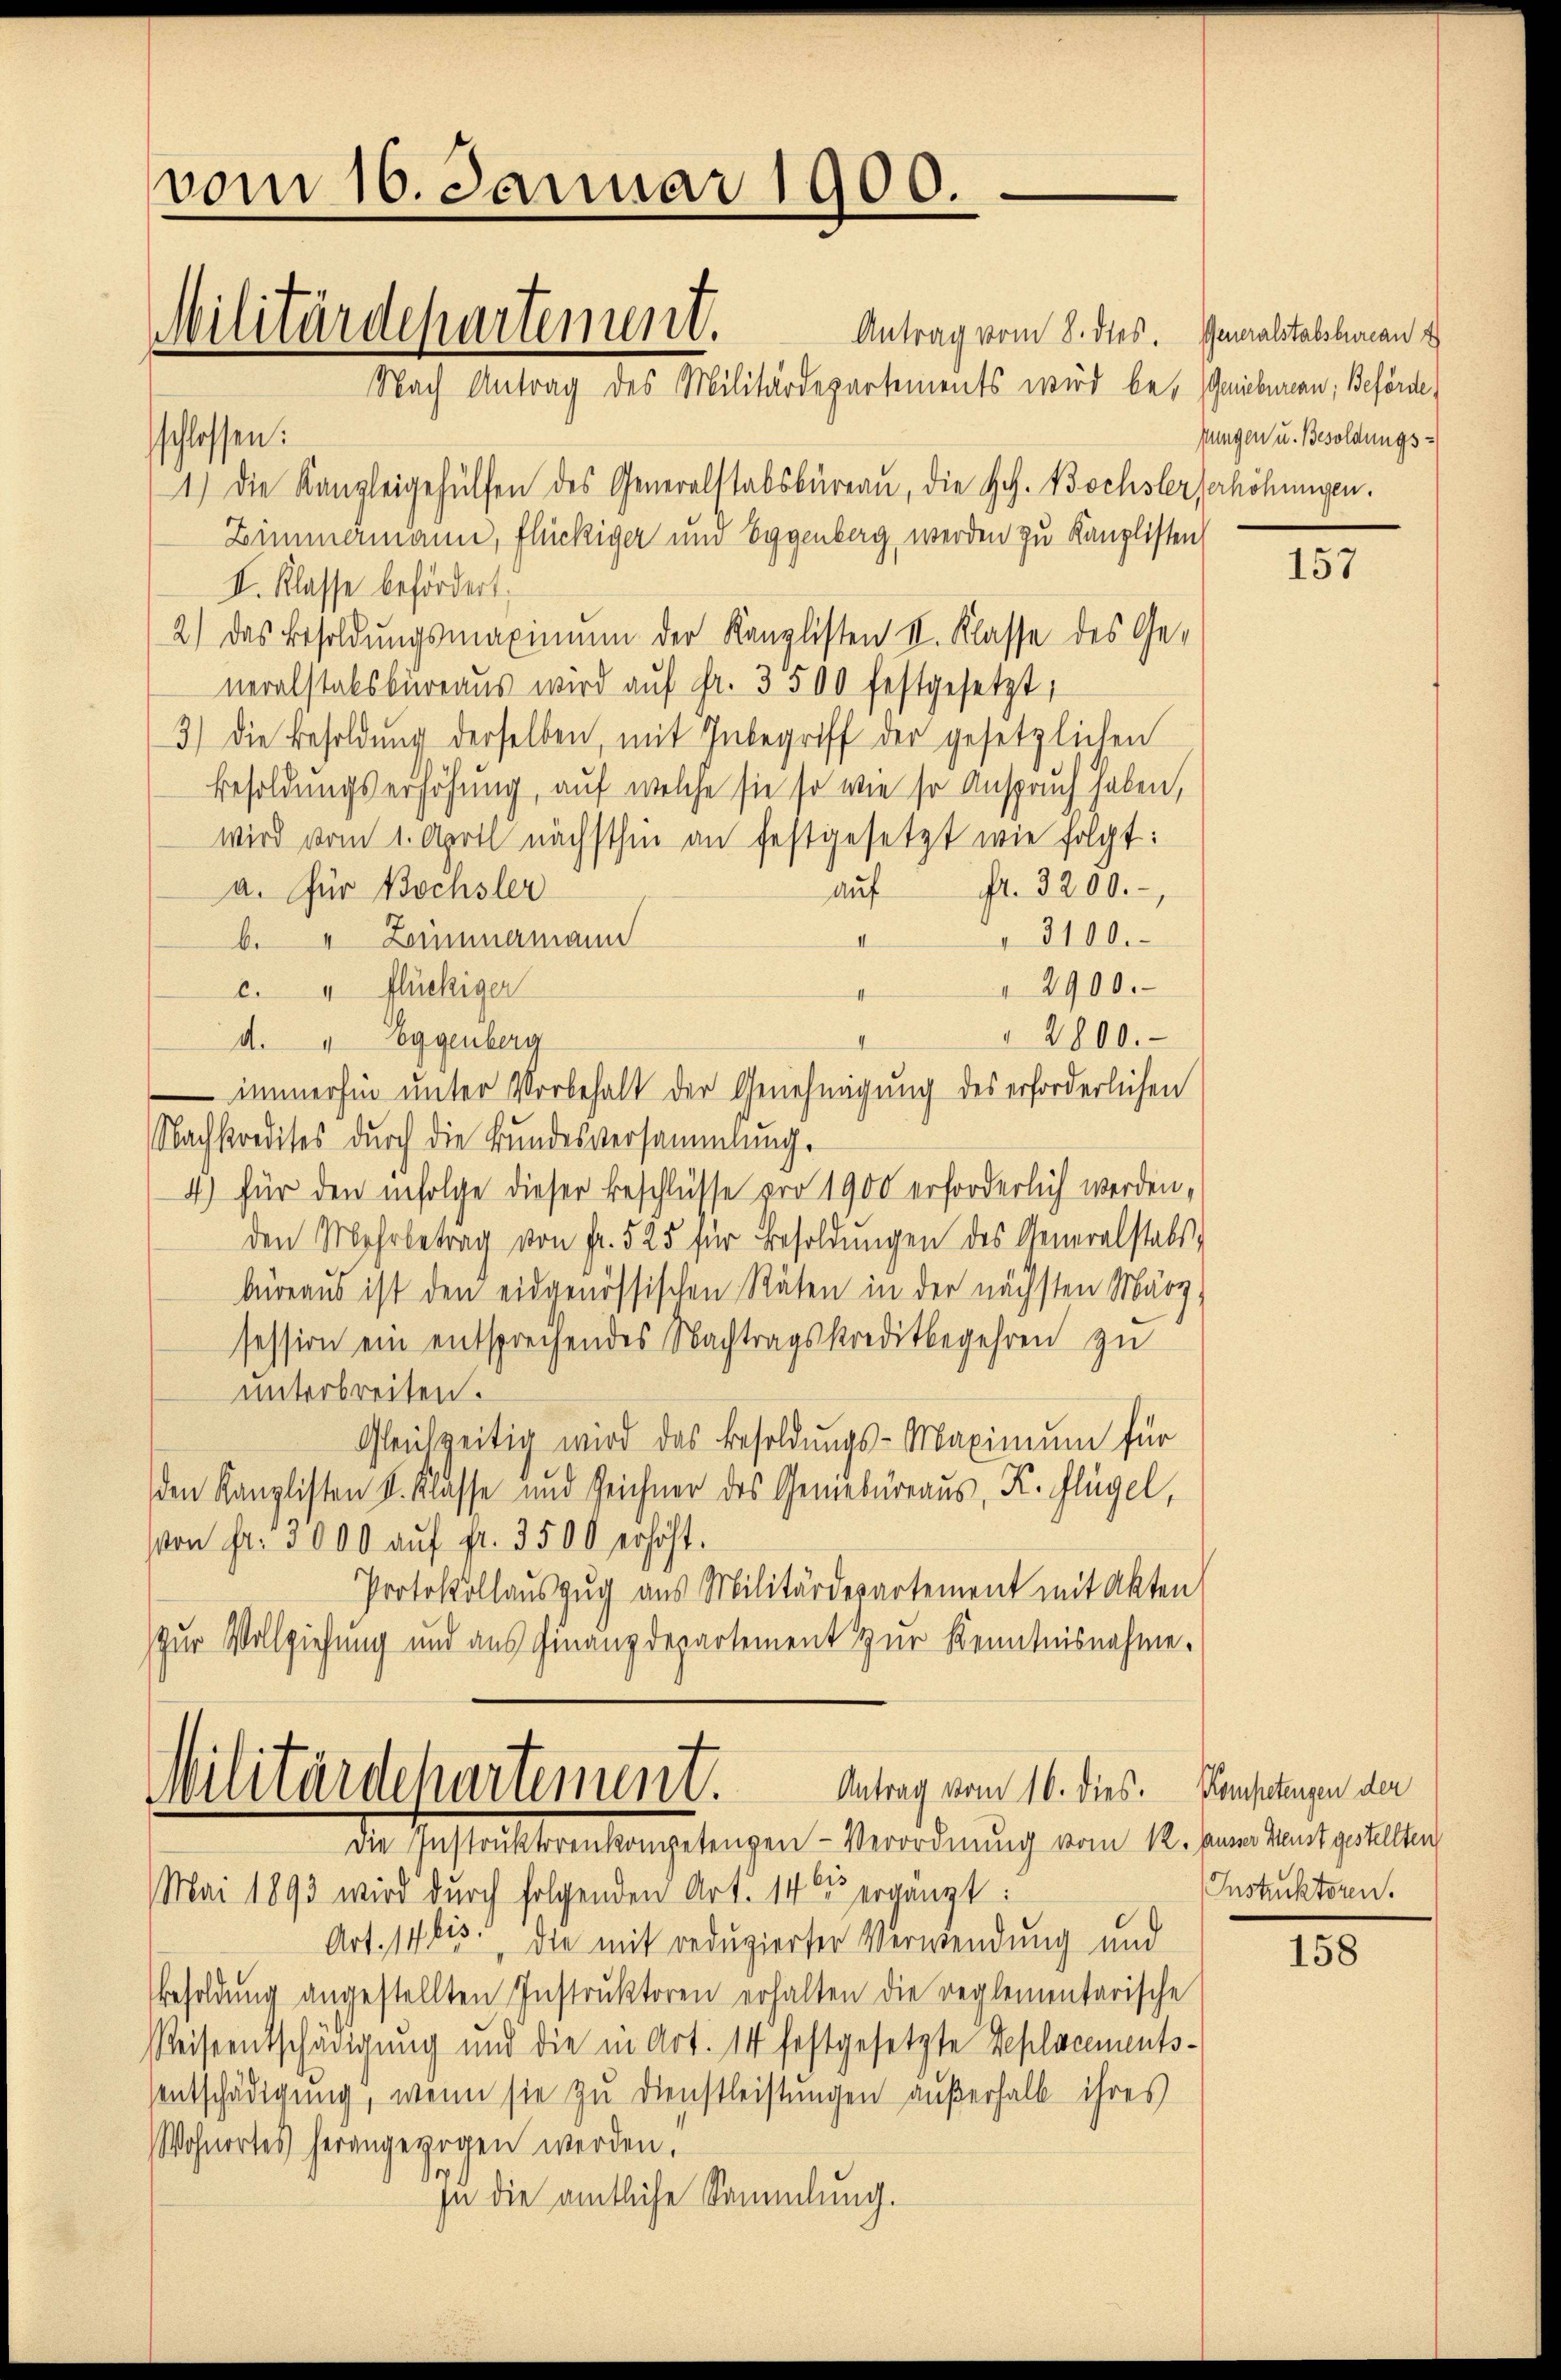
vom 16. Januar 1900.
Militärdepartement.
Nach Antrag des Militärdepartements wird be- Geniebureau, Beförde,

Antrag vom 8. dies. Generalstabsbureau
schlossen:
1.) Die Kanzleigehülfen des Generalstabsbureau, die Ges. Bochslerferhöhungen.
Zimmermann, flückiger und Eggenberg werden zu Kanzlisten,
I. Klasse befördert.
2) das Besoldungsmaximum der Kanzlisten II. Klasse des Generalstabsbureaus wird auf fr. 3500 festgesetzt,
3.) Die Besoldung derselben, mit Inbegriff der gesetzlichen
Besoldungserhöhung, auf welche sie so wie so Anspruch haben,
wird vom 1. April nächsthin an festgesetzt wie folgt:
fl. 3200.
auf
a. für Bochsler
3100.
b. 4 Zeunermann
2900.
c. 4 flückiger
II
2800.
d. " Eggenberg
II
immerfür unter Vorbehalt der Genehmigung des erforderlichen
Nachkredites durch die Bundesversammlung.
4) für den infolge dieser Beschlüsse pro 1900 erforderlich werden,
den Mehrbetrag von fr. 525 für Besoldŭngen des Generalstabs-
büreaus ist den eidgenössischen Räten in der nächsten März.
session ein entsprechendes Nachtragskreditbegehren zu
unterbreiten.
Gleichzeitig wird das Besoldungs-Maximum für
den Kanzlisten K. Klasse und Zeichner des Geniebureaus, K. Flügel,
von Fr. 13000 auf fr. 3500 erhöht.
Protokollauszug aus Militärdepartement mit Akten
Zur Vollziehung und aus Finanzdepartement zur Kenntnisnahme.

Antrag vom 16. dies. Kompetengen der
Militärdepartement.
die Instritteranlangehungen Verordnung vom 11. den entgelten

Mai 1893 wird durch folgenden Art. 14ten ergängt:
Art. 14823. die mit reduzierter Verwendung und
Besoldŭng angestellten Instrŭktoren erhalten die reglementarische
Reiseentschädigung und die in Art. 14 festgesetzte Seplacements-
sentschädigung, wenn sie zu Dienstleistungen außerhalb ihres
Wohnortes herangezogen werden.
o
zu die amtliche Sammlung.

fungen u. Besoldungs¬

157

Instruktoren.

158